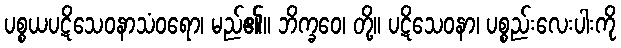
ပစ္စယပဋိသေဝနာသံဝရော၊ မည်၏။ ဘိက္ခဝေ၊ တို့။ ပဋိသေဝနာ၊ ပစ္စည်းလေးပါးကို